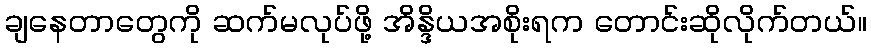
ချနေတာတွေကို ဆက်မလုပ်ဖို့ အိန္ဒိယအစိုးရက တောင်းဆိုလိုက်တယ်။